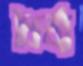
ধৈর্য্য